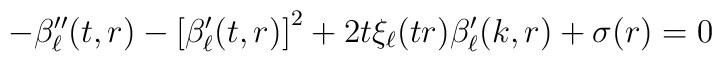
-\beta_\ell^{\prime\prime}(t,r)-\left[\beta^\prime_\ell(t,r)\right]^2+2t\xi_\ell(tr)\beta^\prime_\ell(k,r)+\sigma(r) = 0